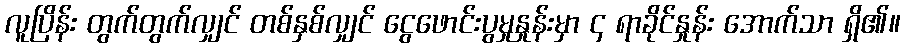
လူပြိန်း တွက်တွက်လျှင် တစ်နှစ်လျှင် ငွေဖောင်းပွမှုနှုန်းမှာ ၄ ရာခိုင်နှုန်း အောက်သာ ရှိ၏။